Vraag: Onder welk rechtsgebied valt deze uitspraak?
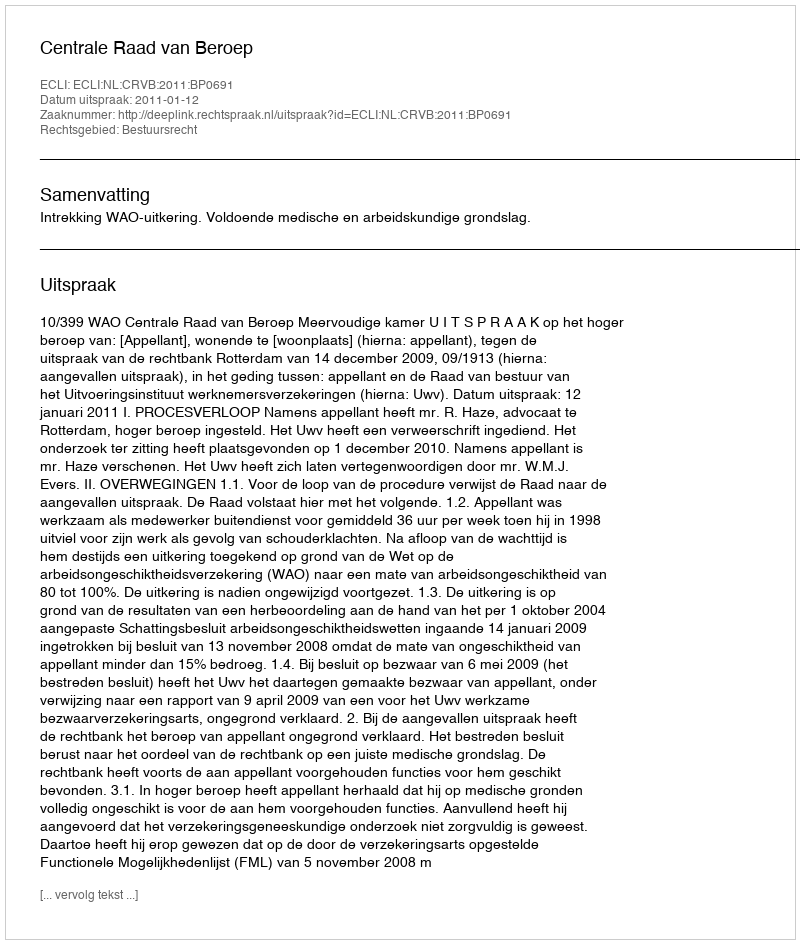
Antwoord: Bestuursrecht